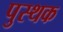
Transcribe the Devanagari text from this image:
पुस्थक